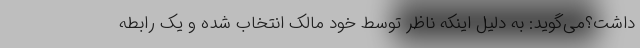
داشت؟می‌گوید: به دلیل اینکه ناظر توسط خود مالک انتخاب شده و یک رابطه